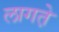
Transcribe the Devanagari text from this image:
लागत़े